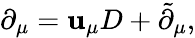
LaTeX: \partial_{\mu}=\mathbf{u}_{\mu}D+\tilde{{\partial}}_{\mu},